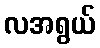
လအရွယ်